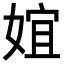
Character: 𡝮